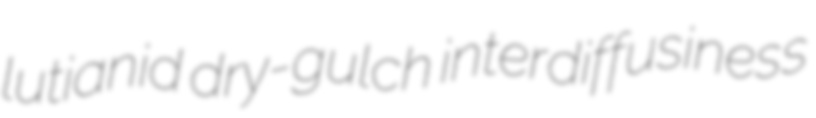
lutianid dry-gulch interdiffusiness